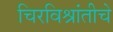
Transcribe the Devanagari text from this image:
चिरविश्रांतीचे